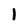
Character: 1